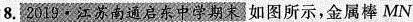
8. 2019 · 江苏南通东中学期末 如图所示，金属棒 MN